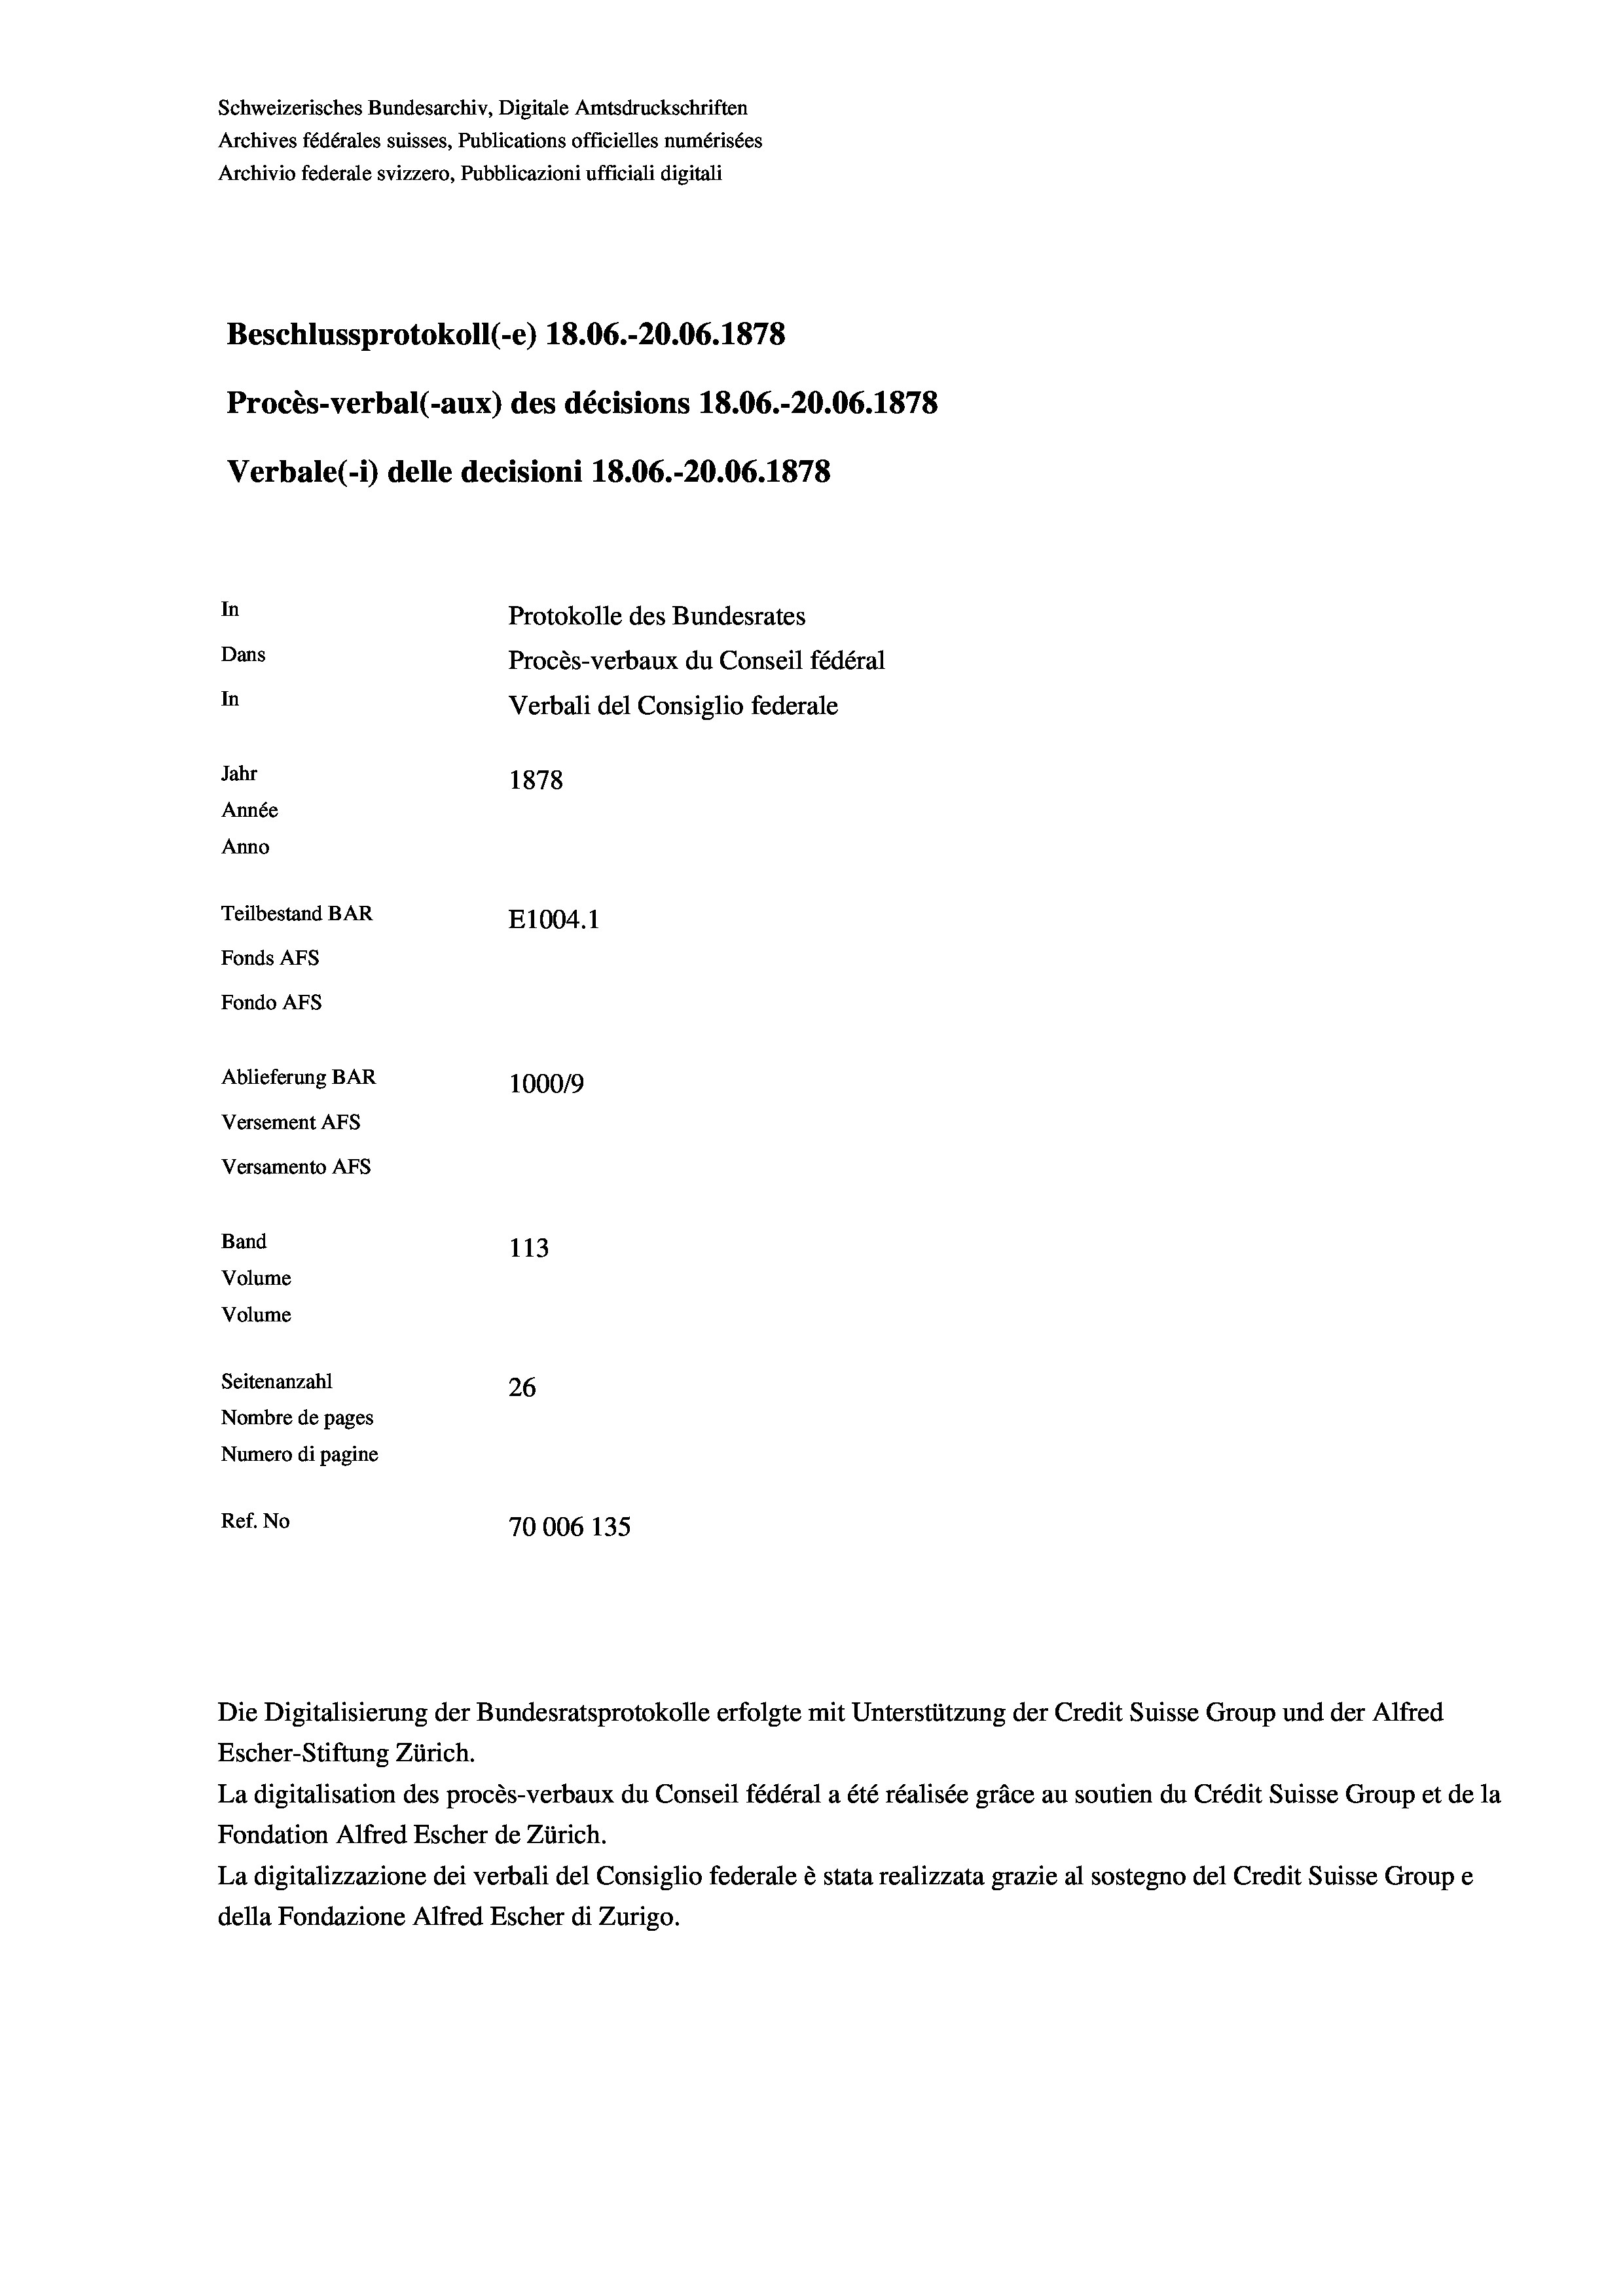
Schweizerisches Bundesarchiv, Digitale Amtsdruckschriften
Archives fédérales suisses, Publications officielles numérisées
Archivio federale svizzero, Pubblicazioni ufficiali digitali
Beschlussprotokoll (-e) 18.06.-20.06. 1878
Procès-verbal (-aux) des décisions 18.06.-20.06. 1878
Verbale (i) delle decisioni 18.06.-20.06. 1878
In
Protokolle des Bundesrates
Dans
Procès-verbaux du Conseil fédéral
In
Verbali del Consiglio federale
Jahr
1878
Année
Anno
Teilbestand BAR
E1004. 1
Fonds AFs
Fondo Afs
Ablieferung BAR
100019
Versement AFs
Versamento AFs
Band
113
Volume
Volume
Seitenanzahl
26
Nombre de pages
Numero di pagine
Ref. No
70006 135.

Escher-Stiftung Zürich.
La digitalisation des procès-verbaux du Conseil fédéral a été réalisée gräce au soutien du Crédit Suisse Group et de la
Fondation Alfred Escher de Zürich.
La digitalizzazione dei verbali del Consiglio federale è stata realizzata grazie al sostegno del Credit Suisse Groupe
della Fondazione Alfred Escher di Zurigo.

Die Digitalisierung der Bundesratsprotokolle erfolgte mit Unterstützung der Credit Suisse Group und der Alfred